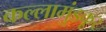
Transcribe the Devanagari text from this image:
कल्लामुंडकूर